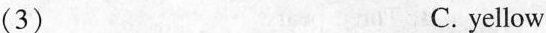
（3）C. yellow